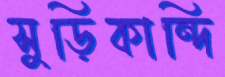
সুড়িকান্দি